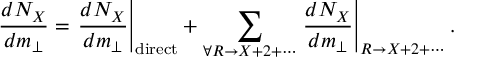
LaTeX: \frac { d N _ { X } } { d m _ { \bot } } = \left. \frac { d N _ { X } } { d m _ { \bot } } \right| _ { \mathrm { d i r e c t } } + \sum _ { \forall R \rightarrow X + 2 + \cdots } \left. \frac { d N _ { X } } { d m _ { \bot } } \right| _ { R \rightarrow X + 2 + \cdots } .